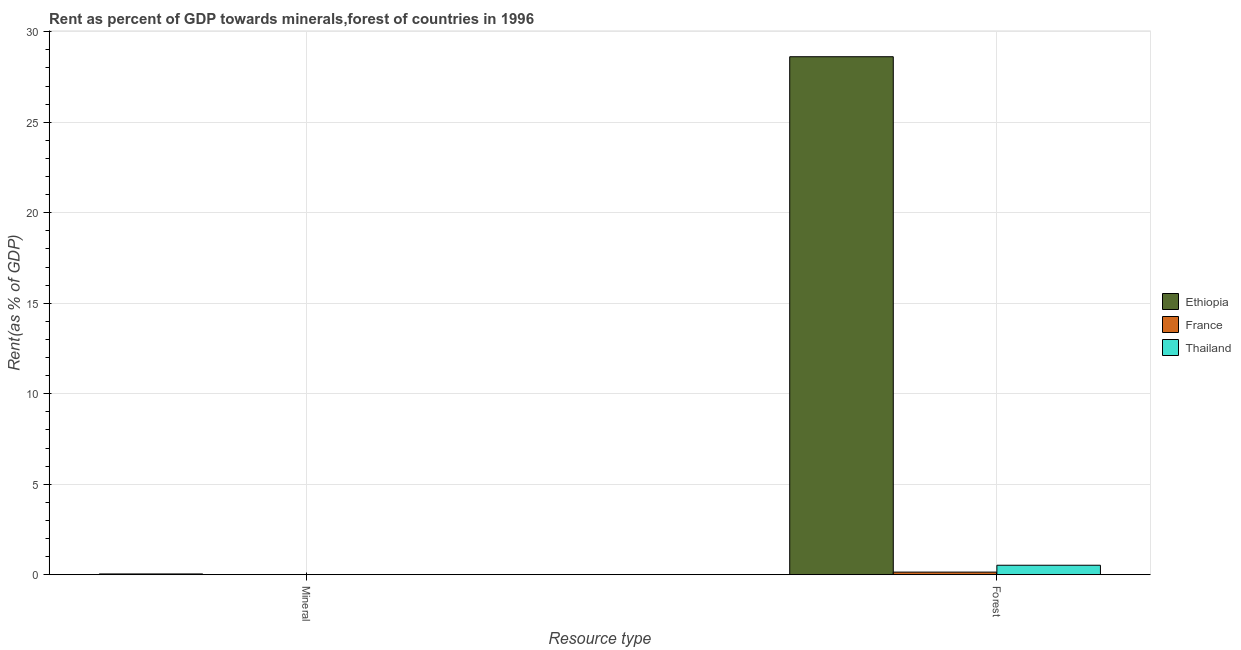
| Resource type | Ethiopia | France | Thailand |
 | --- | --- | --- | --- |
 | Mineral | 0.0416 | 0.000577 | 0.00459 |
 | Forest | 28.6 | 0.143 | 0.522 |